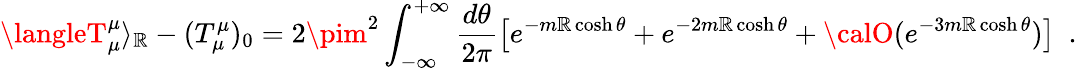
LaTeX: \langleT_{\mu}^{\mu}\rangle_{\mathbb{R}}-(T_{\mu}^{\mu})_{0}=2\pim^{2}\int_{-\infty}^{+\infty}\frac{{d\theta}}{{2\pi}}\left[e^{-m\mathbb{R}\cosh\theta}+e^{-2m\mathbb{R}\cosh\theta}+{\calO}(e^{-3m\mathbb{R}\cosh\theta})\right]\, \, \, .